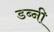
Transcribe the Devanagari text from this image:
डब्नी